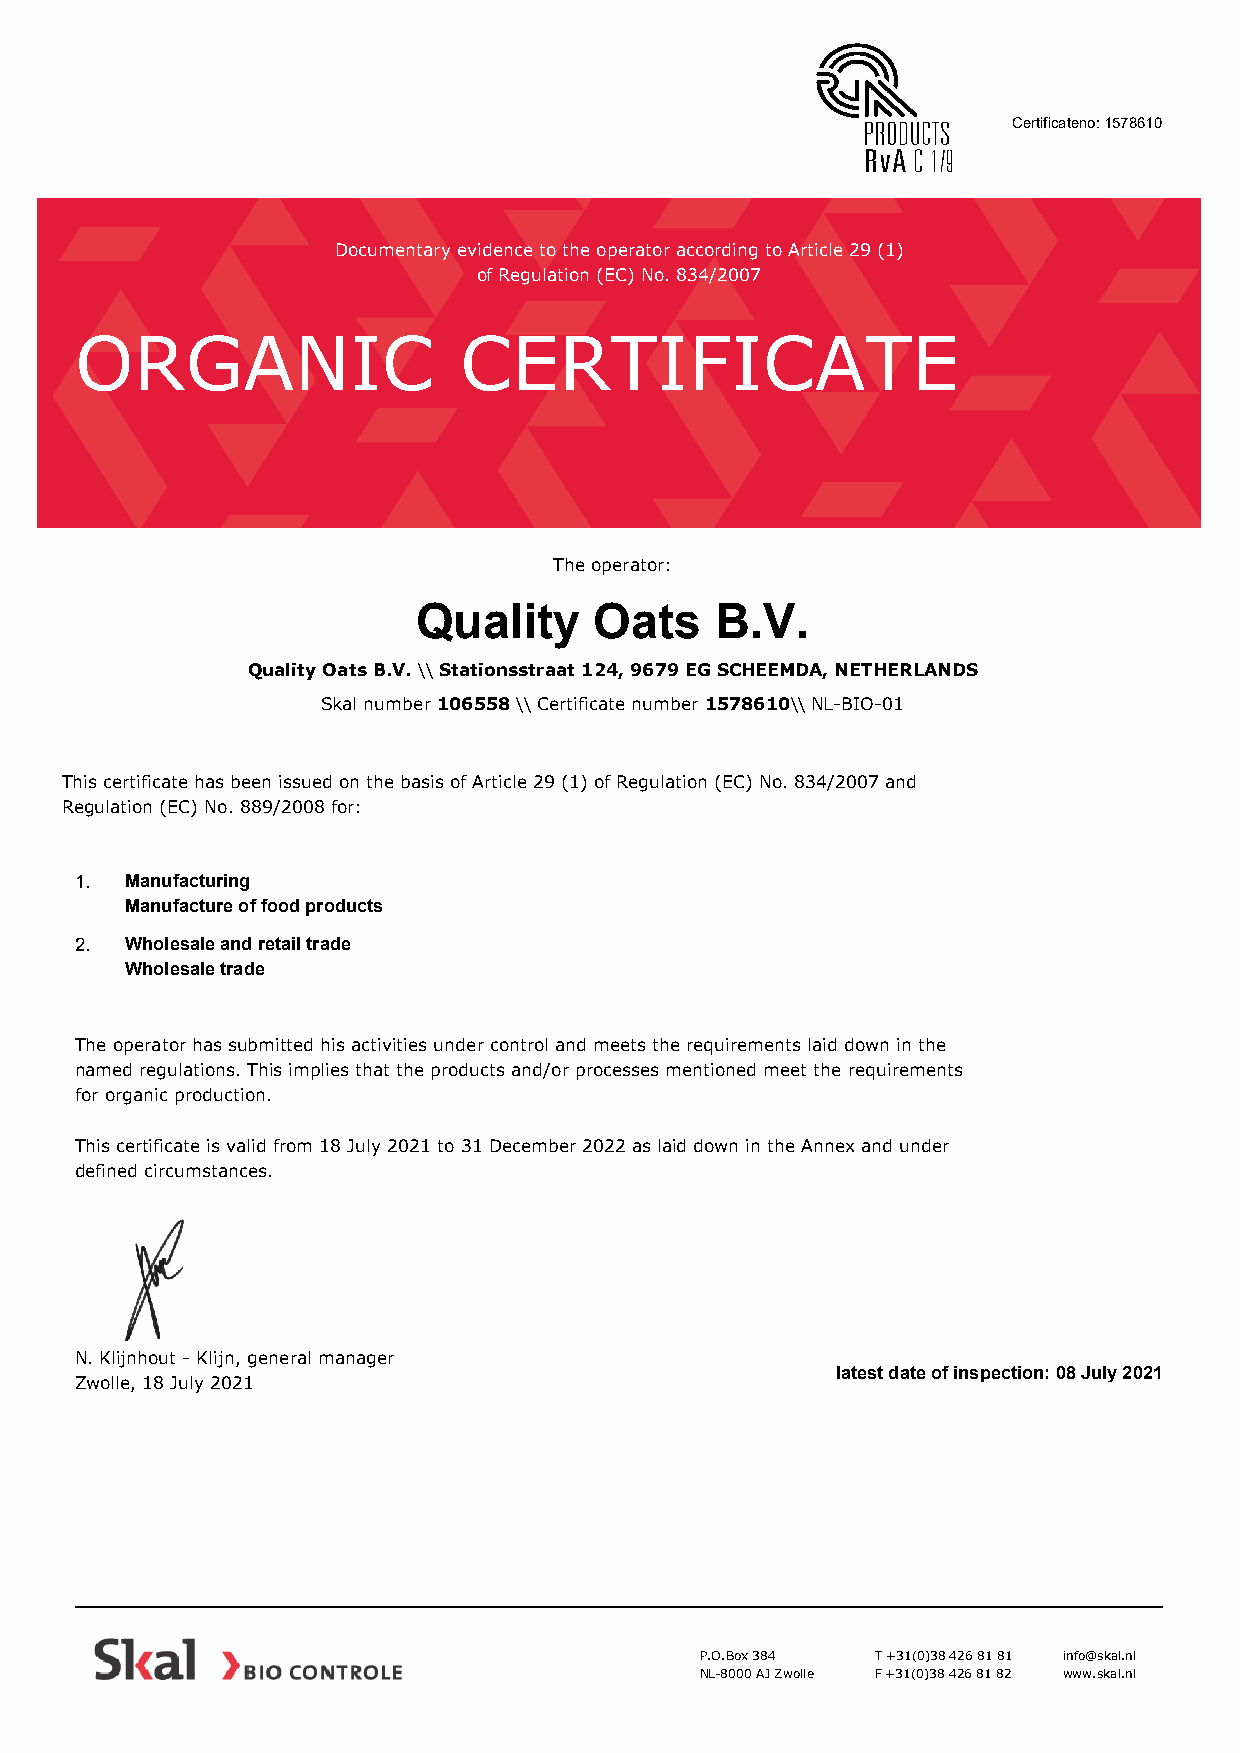
Certificateno: 1578610
 Documentary evidence to the operator according to Article 29 (1)
 of Regulation (EC) No. 834/2007
 ORGANIC                  CERTIFICATE
 The operator:
 Quality    Oats    B.V.
 Quality Oats B.V. \\ Stationsstraat 124, 9679 EG SCHEEMDA, NETHERLANDS
 Skal number 106558 \\ Certificate number 1578610\\ NL-BIO-01
 This certificate has been issued on the basis of Article 29 (1) of Regulation (EC) No. 834/2007 and
 Regulation (EC) No. 889/2008 for:
 1. Manufacturing
 Manufacture of food products
 2. Wholesale and retail trade
 Wholesale trade
 The operator has submitted his activities under control and meets the requirements laid down in the
 named regulations. This implies that the products and/or processes mentioned meet the requirements
 for organic production.
 This certificate is valid from 18 July 2021 to 31 December 2022 as laid down in the Annex and under
 defined circumstances.
 N. Klijnhout - Klijn, general manager
 latest date of inspection: 08 July 2021
 Zwolle, 18 July 2021
 P.O.Box 384 T +31(0)38 426 81 81 info@skal.nl
 NL-8000 AJ Zwolle F +31(0)38 426 81 82 www.skal.nl
 NL-BIO-01